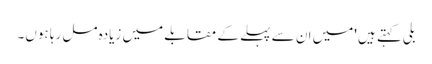
بلی کہتے ہیں 'میں ان سے پہلے کے مقابلے میں زیادہ مل رہا ہوں۔